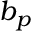
b _ { p }